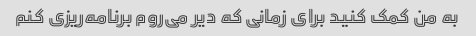
به من کمک کنید برای زمانی که دیر می‌روم برنامه‌ریزی کنم